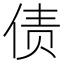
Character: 债